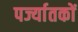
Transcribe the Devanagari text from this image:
पर्ज्यातकों